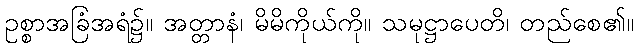
ဥစ္စာအခြံအရံ၌။ အတ္တာနံ၊ မိမိကိုယ်ကို။ သမုဋ္ဌာပေတိ၊ တည်စေ၏။